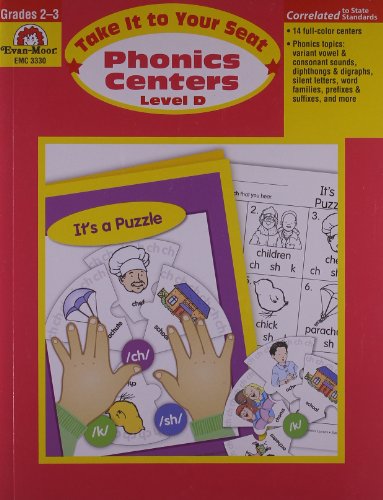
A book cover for Take It to Your Seat Phonics Centers, Grades 2-3; Evan Moor; Reference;